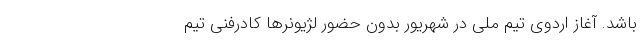
باشد. آغاز اردوی تیم ملی در شهریور بدون حضور لژیونر‌ها کادرفنی تیم